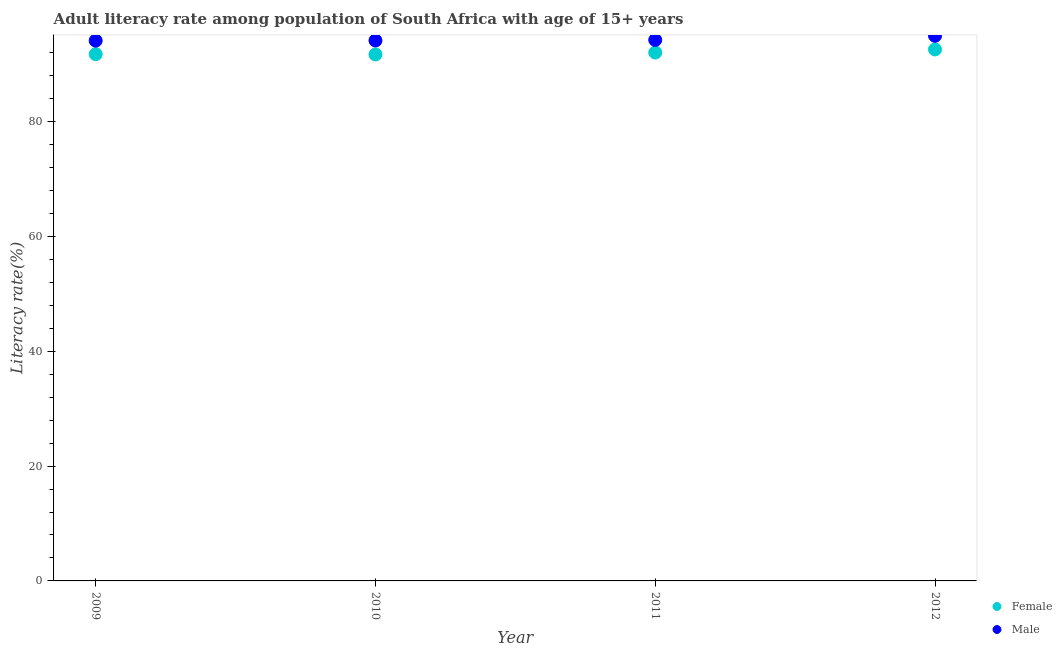
| Year | Female | Male |
 | --- | --- | --- |
 | 2009 | 91.8 | 94.1 |
 | 2010 | 91.7 | 94.1 |
 | 2011 | 92 | 94.2 |
 | 2012 | 92.6 | 95 |